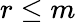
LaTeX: r\leq m